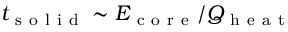
t _ { \mathrm { ~ s ~ o ~ l ~ i ~ d ~ } } \sim E _ { \mathrm { ~ c ~ o ~ r ~ e ~ } } / Q _ { \mathrm { ~ h ~ e ~ a ~ t ~ } }